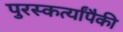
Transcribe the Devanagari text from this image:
पुरस्कर्त्यांपैकी